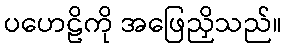
ပဟေဠိကို အဖြေညှိသည်။